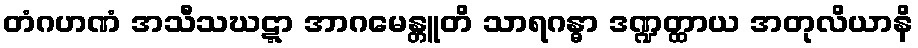
တံဂဟဏံ အသီသဃဋ္ဋာ အာဂမေန္တူတိ သာရဂန္ဓာ ဒဏ္ဍတ္ထာယ အတုလိယာနိ